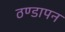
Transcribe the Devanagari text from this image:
ठण्‍डापन